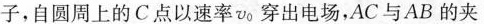
子，自圆周上的C点以速率vo穿出电场，AC与AB的夹